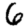
Digit: 6